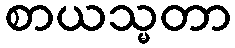
စာယသ္မတာ